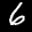
Label: 6